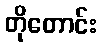
တိုတောင်း